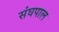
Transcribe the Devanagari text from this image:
संघपाल